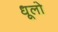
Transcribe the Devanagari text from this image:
धूलो